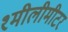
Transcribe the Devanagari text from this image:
१मीलीमीटर